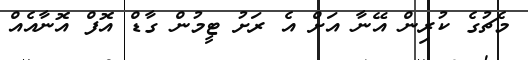
މެޗުގެ ކުރިން އޭނާ އަށް އެ ރަށު ޓީމުން ގާޑް އޮފް އޮނާއެއް